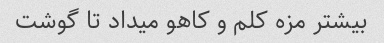
بیشتر مزه کلم و کاهو میداد تا گوشت